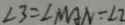
\angle 3 = \angle M A N = \angle 2